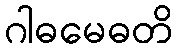
ဂါဓမေဓတိ